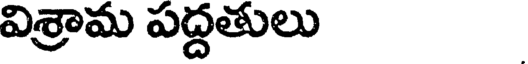
విశ్రామ పద్దతులు